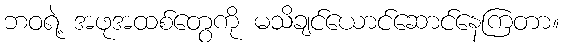
ဘဝရဲ့ အဖုအထစ်တွေကို မသိချင်ယောင်ဆောင်နေကြတာ။